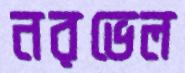
নরভেল